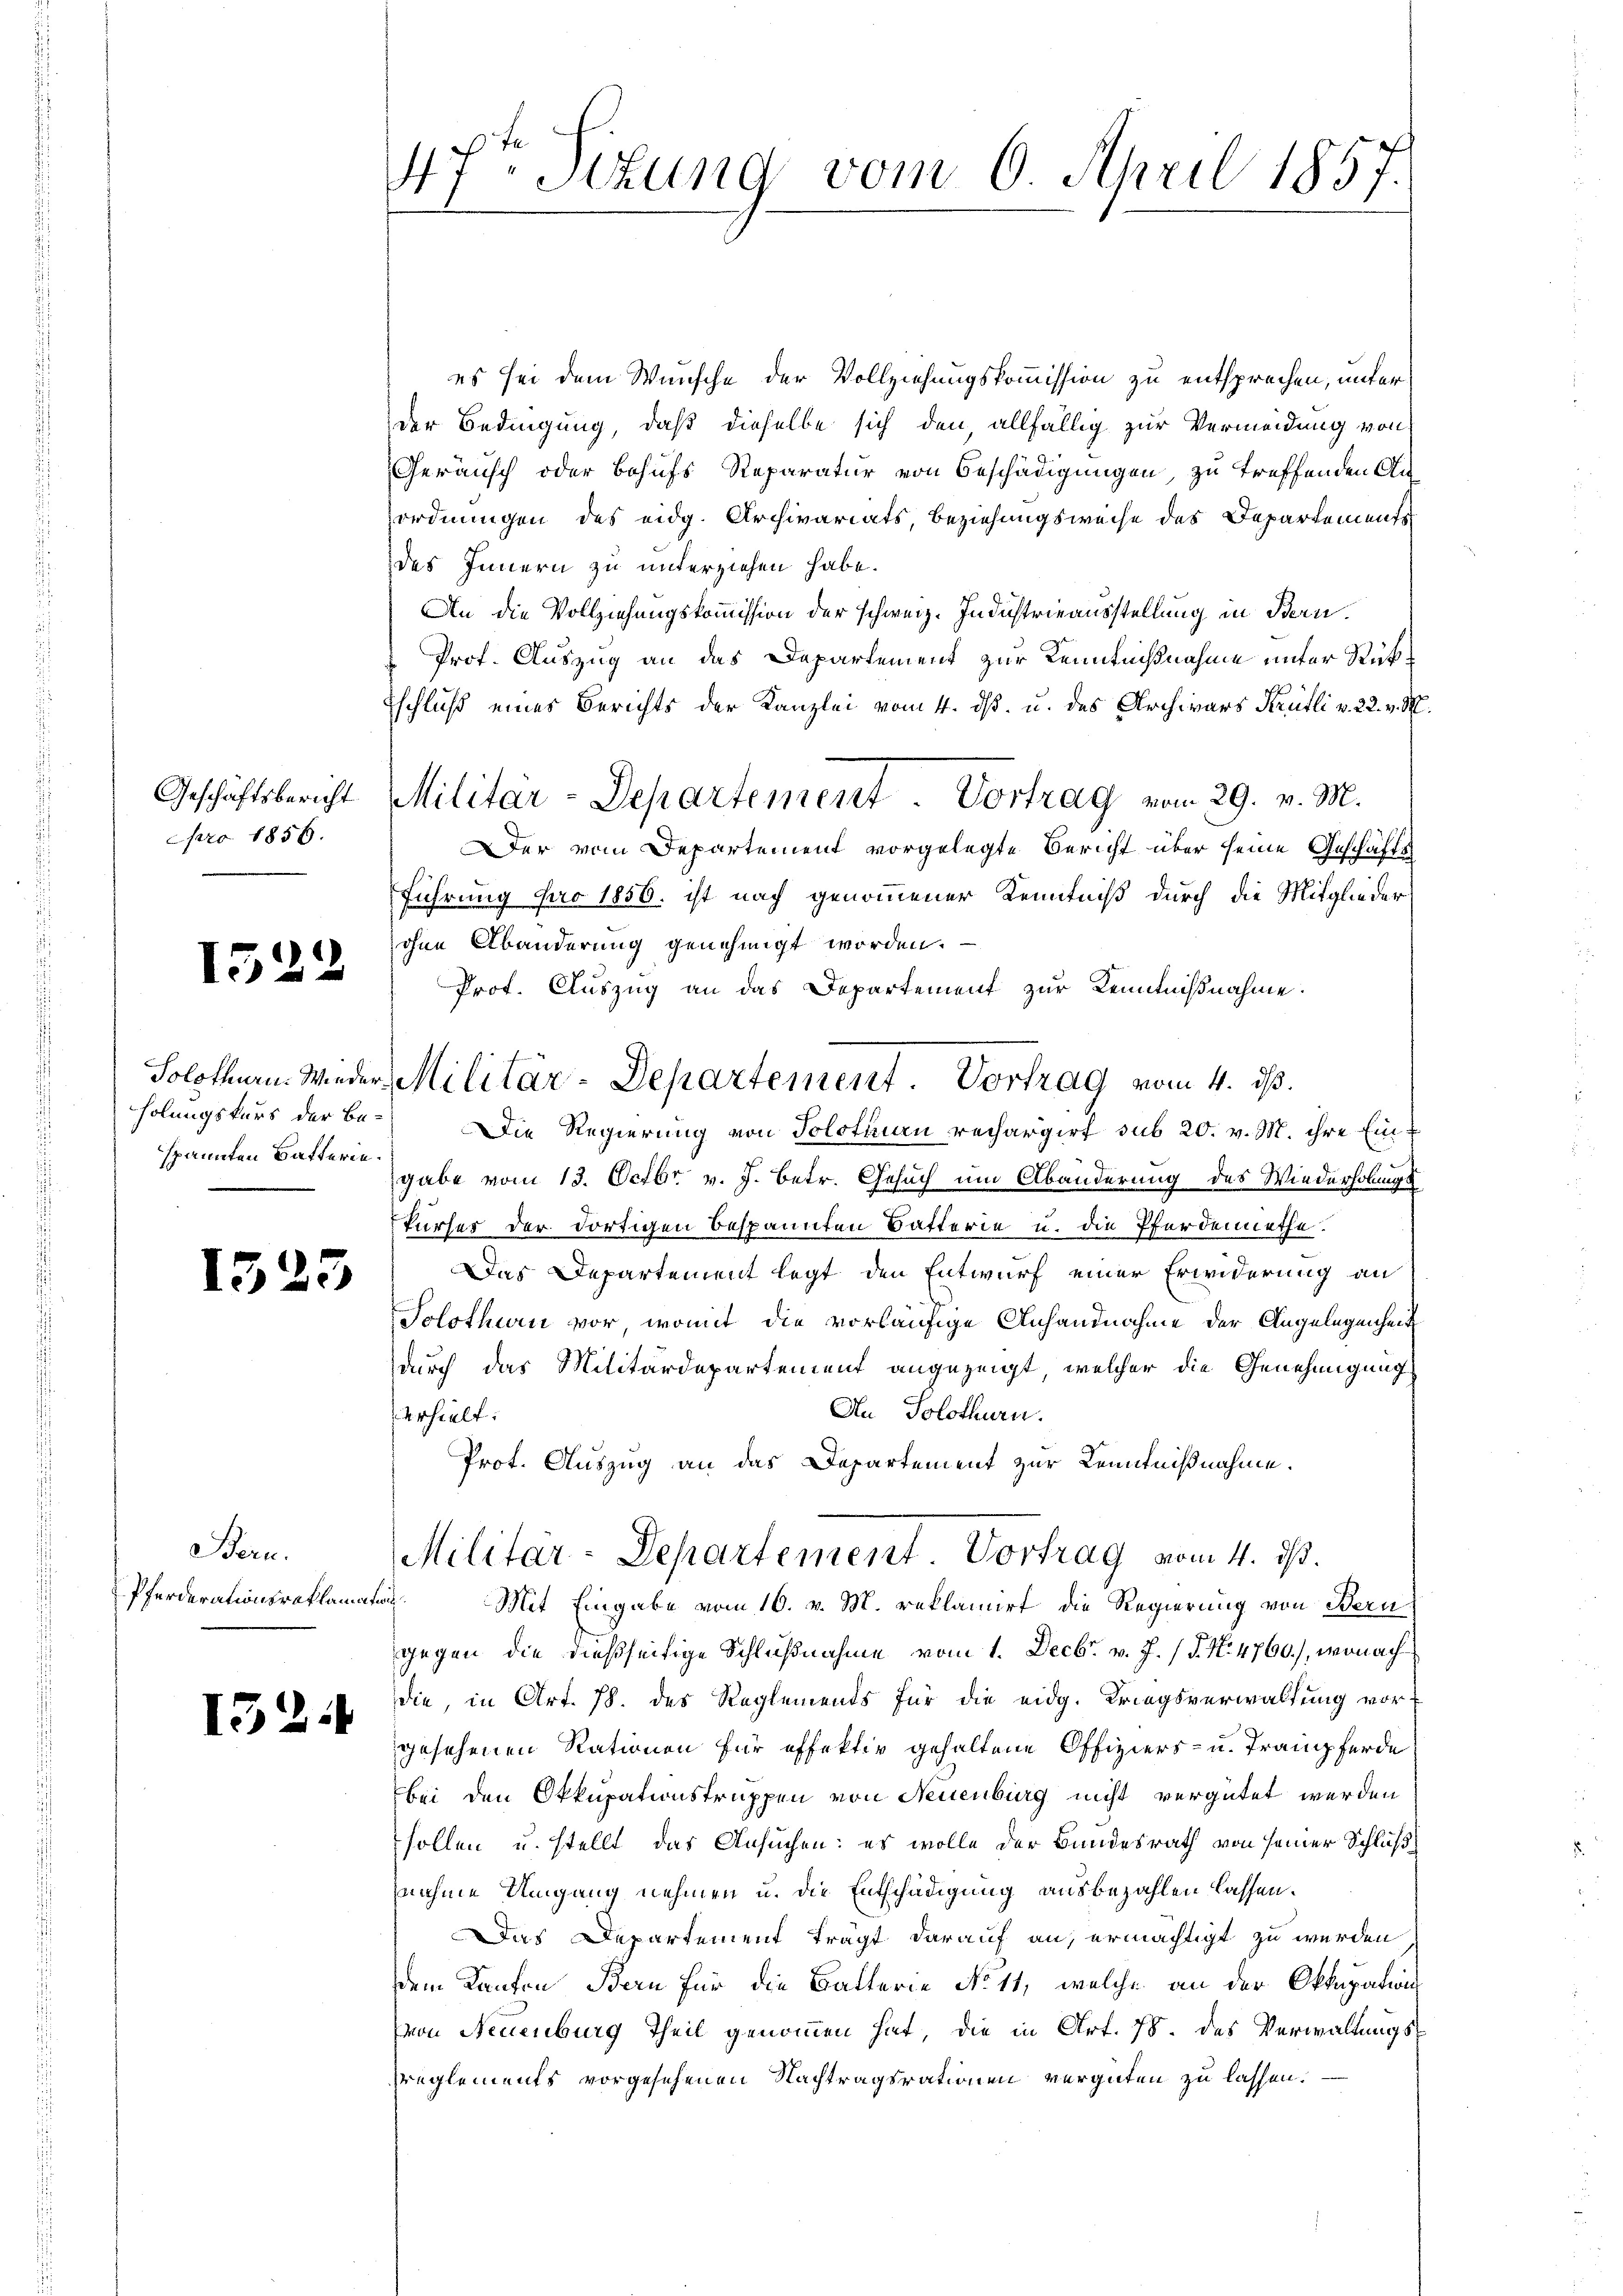
Geschäftsbericht
pro 1856.

1522

spannten Batterie¬

15

Bern.
Pferderationsraklamation.

33

1524

.
47ten Sitzung vom 6. April 1831.

es sei dem Wunsche der Vollziehungskommission zu entsprechen, unter
der Bedingung, daß dieselbe sich den allfällig zur Vermeidung von
Geräusch oder Behufs Reparatur von Beschädigungen, zu treffenden Anordnungen des eidg. Archivariats, Beziehungsweise des Departements
des Innern zu unterziehen habe.
An die Vollziehungskommission der schweiz. Industrieausstellung in Bern.
Prof. Auszug an das Departement zur Kenntnißnahme unter Rük¬
Eschluß eines Berichts der Kanzlei vom 4. dß. u. des Archivars Krütli v. 22. v. M.
Militär-Departement. Vortrag vom 29. v. M.
Der vom Departement vorgelegte Bericht über seine Geschäfts
Führung pro 1856. ist nach genommener Kenntniß durch die Mitglieder
ohne Abänderung genehmigt worden.
Prof. Auszug an das Departement zur Kenntnißnahme.
holungskurs der Be- Die Regierung von Solotinen rechargirt sub 20. v. M. ihre Eingabe vom 13. Octbr. v. J. betr. Gesuch um Abänderung des Wiederholungs
kurses der dortigen bespannten Batterie u. die Pferdernethe.
Das Departement legt den Entwurf einer Erwiderung an
Solothurn vor, womit die vorläufige Anhandnahme der Angelegenheit
durch das Militärdepartement angezeigt, welcher die Genehmigung
An Solothurn.
Urhielt.
Prot. Auszug an das Departement zur Kenntnißnahme.
Militär-Departement. Vortrag vom 4. ds.
Mit Eingabe vom 16. v. M. reklamirt die Regierung von Bern
gegen die dießseitige Schlußnahme vom 1. Decbr. v. J. (T. N. 4760), wonach
die, in Art. 78. des Reglements für die eidg. Kriegsverwaltung vort
gesehenen Rationen für effektiv gehaltene Offiziers- u. Trampferde
bei den Okkupationstruppen von Neuenburg nicht vergütet werden
sollen u. stellt das Ansuchen: es wolle der Bundesrath von seiner Schluß
nahme Umgang nehmen u. die Entschädigung ausbezahlen lassen.
Das Departement trägt darauf an, ermächtigt zu werden
dem Kanton Bern für die Batterie No 11, welche an der Okkupation
(von Neuenburg Theil genommen hat, die in Art. 78. des Verwaltungsreglements vorgesehenen Nachtragsrationen vergüten zu lassen.

Solothur. Wieder Militär-Departement. Vortrag vom 4. ds.